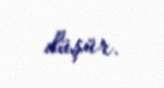
düşür.